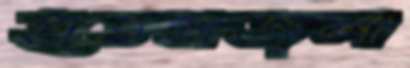
হাতকাজলা